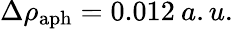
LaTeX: \Delta\rho_{\mathrm{aph}}=0.012\: a.u.